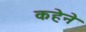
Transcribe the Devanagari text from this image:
कहेने